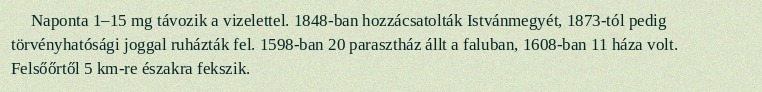
Naponta 1–15 mg távozik a vizelettel. 1848-ban hozzácsatolták Istvánmegyét, 1873-tól pedig törvényhatósági joggal ruházták fel. 1598-ban 20 parasztház állt a faluban, 1608-ban 11 háza volt. Felsőőrtől 5 km-re északra fekszik.